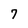
Character: 7